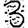
Digit: 3